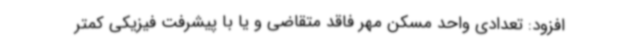
افزود: تعدادی واحد مسکن مهر فاقد متقاضی و یا با پیشرفت فیزیکی کمتر